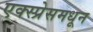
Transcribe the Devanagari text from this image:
एक्स्प्रेसमधून